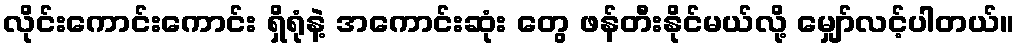
လိုင်းကောင်းကောင်း ရှိရုံနဲ့ အကောင်းဆုံး တွေ ဖန်တီးနိုင်မယ်လို့ မျှော်လင့်ပါတယ်။